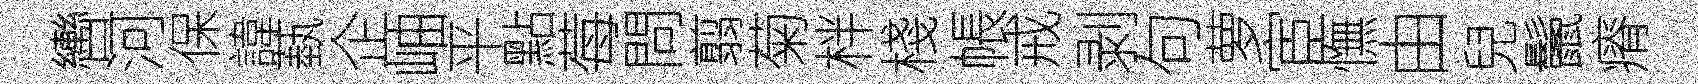
轡河保諱蓺企岫平點莓問翦菊柈棧帳戒剥句萝宦憮由兒鬛瘠